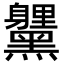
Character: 𮮞